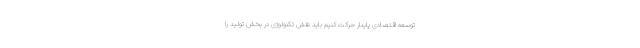
توسعه اقتصادی پایدار حرکت کنیم باید نقش تکنولوژی در بخش تولید را